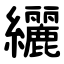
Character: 纚